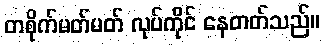
တစိုက်မတ်မတ် လုပ်ကိုင် နေတတ်သည်။